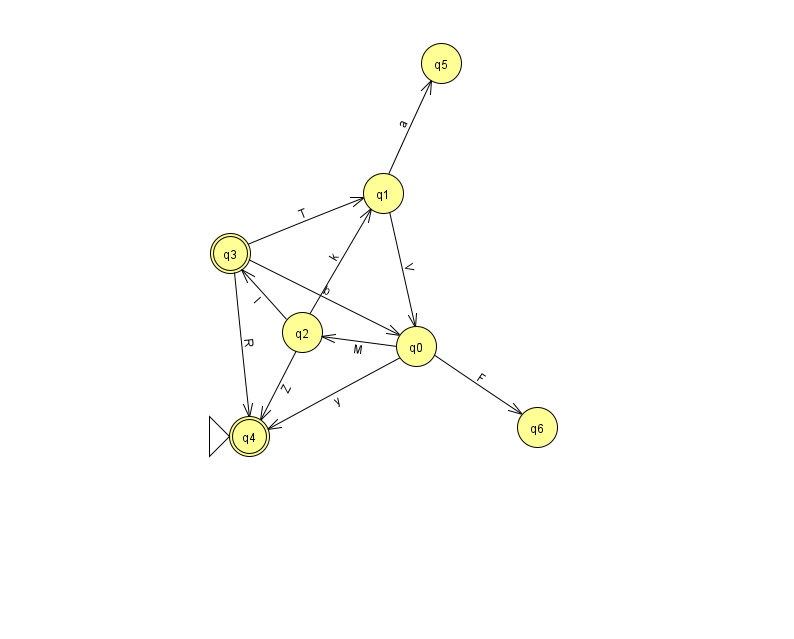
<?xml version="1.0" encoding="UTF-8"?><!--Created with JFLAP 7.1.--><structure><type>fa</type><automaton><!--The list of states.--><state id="0" name="q0"><x>416.0</x><y>333.0</y></state><state id="1" name="q1"><x>383.0</x><y>180.0</y></state><state id="2" name="q2"><x>302.0</x><y>319.0</y></state><state id="3" name="q3"><x>230.0</x><y>240.0</y><final/></state><state id="4" name="q4"><x>249.0</x><y>423.0</y><initial/><final/></state><state id="5" name="q5"><x>441.0</x><y>50.0</y></state><state id="6" name="q6"><x>537.0</x><y>414.0</y></state><!--The list of transitions.--><transition><from>0</from><to>6</to><read>F</read></transition><transition><from>0</from><to>2</to><read>M</read></transition><transition><from>3</from><to>1</to><read>T</read></transition><transition><from>2</from><to>4</to><read>Z</read></transition><transition><from>1</from><to>0</to><read>V</read></transition><transition><from>3</from><to>4</to><read>R</read></transition><transition><from>1</from><to>5</to><read>a</read></transition><transition><from>2</from><to>3</to><read>l</read></transition><transition><from>0</from><to>4</to><read>y</read></transition><transition><from>2</from><to>1</to><read>k</read></transition><transition><from>3</from><to>0</to><read>b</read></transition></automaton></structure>